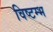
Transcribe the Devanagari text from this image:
विष्टम्भ